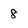
Character: 8